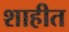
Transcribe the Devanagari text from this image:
शाहीत